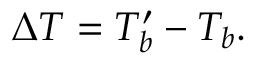
\Delta T = T _ { b } ^ { \prime } - T _ { b } \mathrm { . }